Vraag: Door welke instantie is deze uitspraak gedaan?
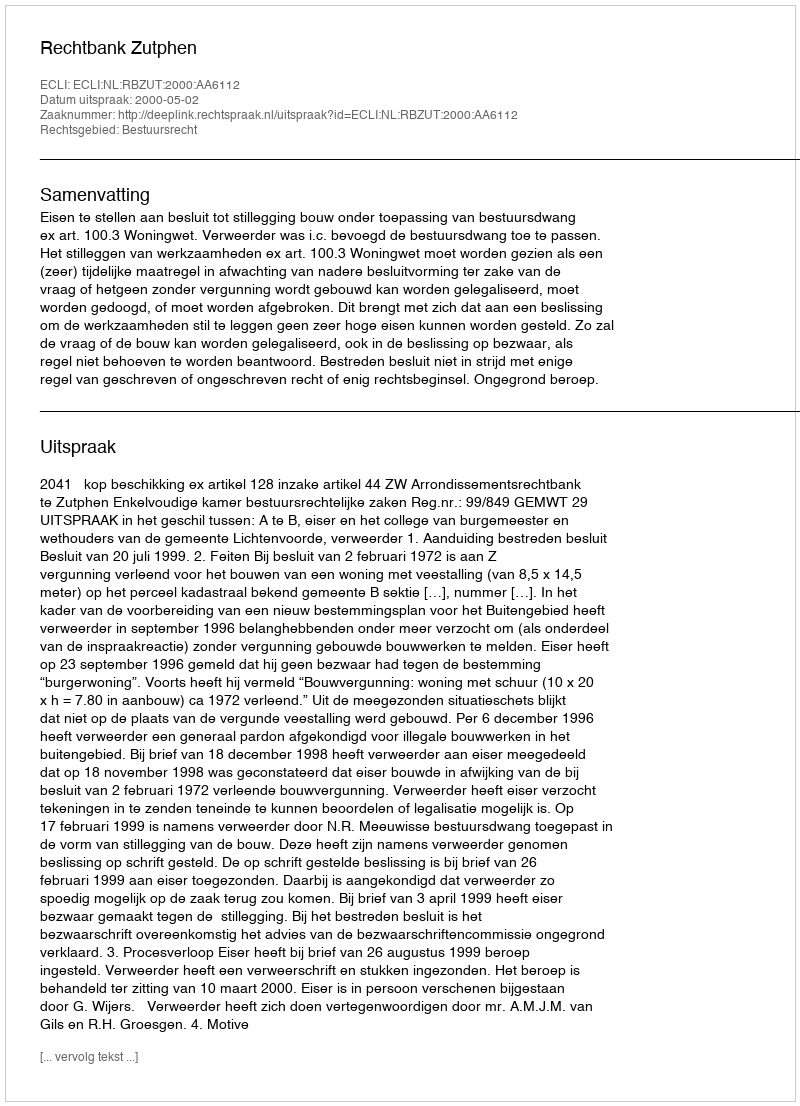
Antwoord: Rechtbank Zutphen